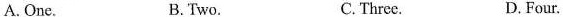
A. One. B.'Two. C. Three. D. Four.